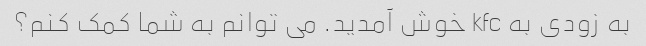
به زودی به kfc خوش آمدید. می توانم به شما کمک کنم؟